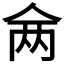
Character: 𬾇